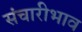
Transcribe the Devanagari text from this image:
संचारीभाव